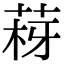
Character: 𦰳